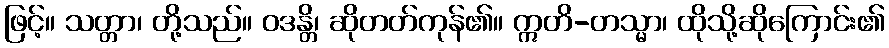
ဖြင့်။ သတ္တာ၊ တို့သည်။ ဝဒန္တိ၊ ဆိုတတ်ကုန်၏။ ဣတိ-တသ္မာ၊ ထိုသို့ဆိုကြောင်း၏